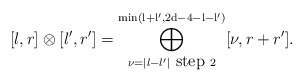
\begin{align*} [l,r]\otimes [l',r']= \bigoplus\limits_{\nu=\vert l-l' \vert \mbox{ step } 2}^{\mathrm{min\left( l+l',2d-4-l-l' \right)}} [\nu, r+r'].\end{align*}